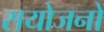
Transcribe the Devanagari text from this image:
सयोजनों